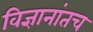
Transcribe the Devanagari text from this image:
विज्ञानांतच